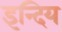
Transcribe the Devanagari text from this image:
इन्दिय